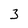
Character: 3